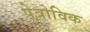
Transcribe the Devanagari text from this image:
पेत्रोविक